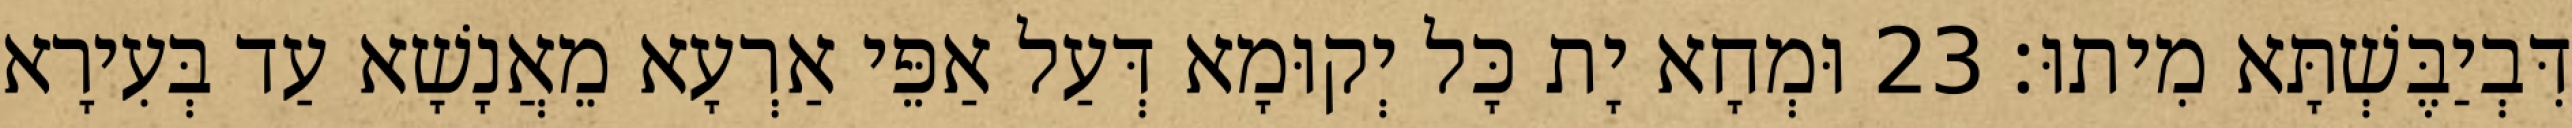
דִּבְיַבֶּשְׁתָּא מִיתוּ׃ 23 וּמְחָא יָת כָּל יְקוּמָא דְּעַל אַפֵּי אַרְעָא מֵאֲנָשָׁא עַד בְּעִירָא